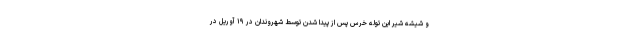
و شیشه شیر این توله خرس پس از پیدا شدن توسط شهروندان در ۱۹ آوریل در